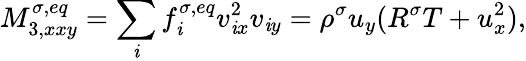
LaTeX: M_{3,xxy}^{\sigma,eq}=\sum_{\mathit{i}}f_{\mathit{i}}^{\sigma,eq}v_{\mathit{i}x}^{2}v_{\mathit{i}y}=\rho^{\sigma}u_{y}(R^{\sigma}T+u_{x}^{2}),